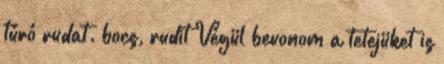
túró rudat. bocs, rudit Végül bevonom a tetejüket is